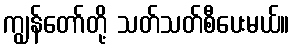
ကျွန်တော်တို့ သတ်သတ်စီပေးမယ်။